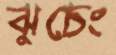
ঝুচেং